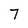
Character: 7